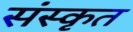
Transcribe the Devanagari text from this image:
संस्‍कृत